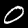
Digit: 0